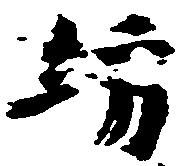
坊